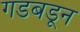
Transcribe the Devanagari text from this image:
गडबडून